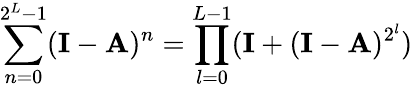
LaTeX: \sum_{n=0}^{2^{L}-1}(\mathbf{I}-\mathbf{A})^{n}=\prod_{l=0}^{L-1}(\mathbf{I}+(\mathbf{I}-\mathbf{A})^{2^{l}})